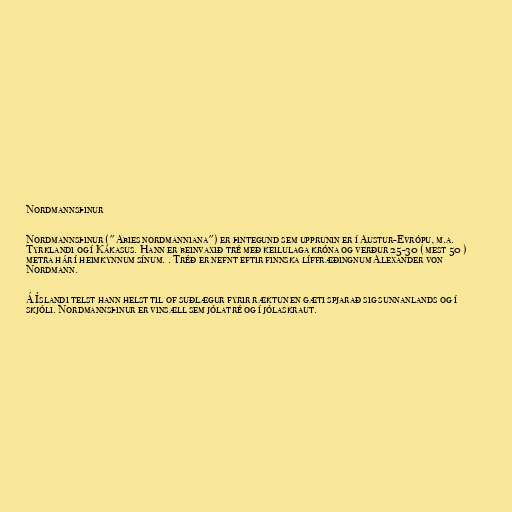
Nordmannsþinur

Nordmannsþinur ("Abies nordmanniana") er þintegund sem upprunin er í Austur-Evrópu, m.a.
Tyrklandi og í Kákasus. Hann er beinvaxið tré með keilulaga króna og verður 25-30 ( mest 50 )
metra hár í heimkynnum sínum. . Tréð er nefnt eftir finnska líffræðingnum Alexander von
Nordmann.

Á Íslandi telst hann helst til of suðlægur fyrir ræktun en gæti spjarað sig sunnanlands og í
skjóli. Nordmannsþinur er vinsæll sem jólatré og í jólaskraut.